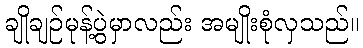
ချိုချဉ်မုန့်ပွဲမှာလည်း အမျိုးစုံလှသည်။